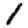
Digit: 1